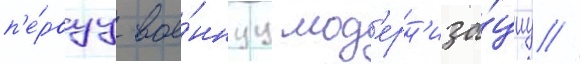
п'е́рвуу вое́ннуу мод'ерн'иза́циу //